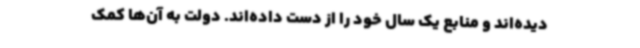
دیده‌اند و منابع یک سال خود را از دست داده‌اند. دولت به آن‌ها کمک